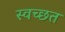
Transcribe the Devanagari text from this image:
स्वच्छत